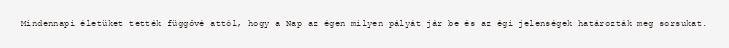
Mindennapi életüket tették függővé attól, hogy a Nap az égen milyen pályát jár be és az égi jelenségek határozták meg sorsukat.